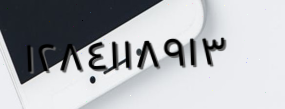
١٢٨٤١١٨٩١٣